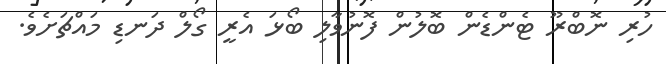
ހުރި ނޮބްރޫ ޓެންޑެން ބޮލުން ފޮނުވާލި ބޯޅަ އެރީ ގޯލް ދަނޑި މައްޗަށެވެ.